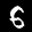
Label: 6